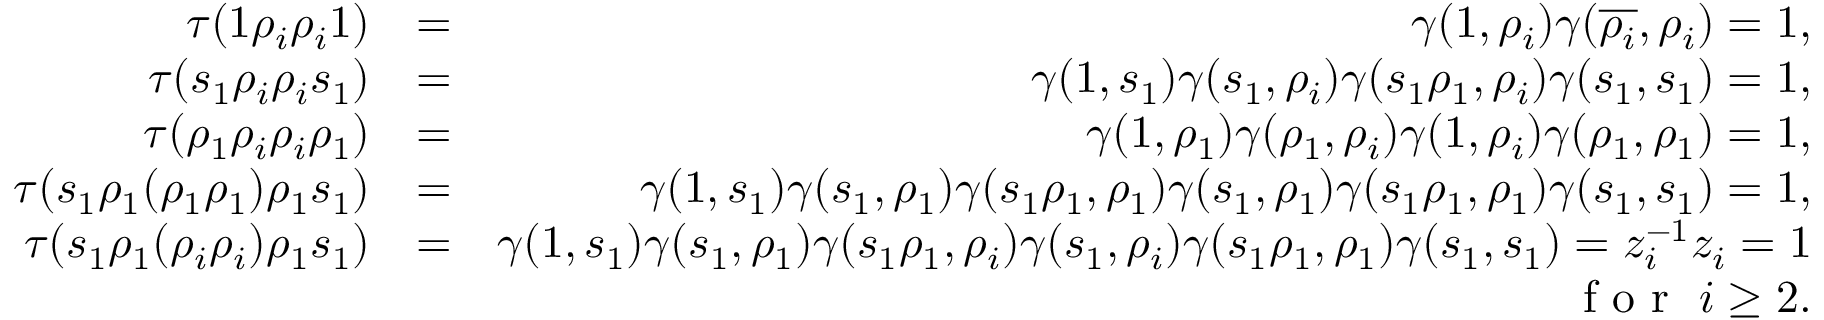
\begin{array} { r l r } { \tau ( 1 \rho _ { i } \rho _ { i } 1 ) } & { = } & { \gamma ( 1 , \rho _ { i } ) \gamma ( \overline { { \rho _ { i } } } , \rho _ { i } ) = 1 , } \\ { \tau ( s _ { 1 } \rho _ { i } \rho _ { i } s _ { 1 } ) } & { = } & { \gamma ( 1 , s _ { 1 } ) \gamma ( s _ { 1 } , \rho _ { i } ) \gamma ( s _ { 1 } \rho _ { 1 } , \rho _ { i } ) \gamma ( s _ { 1 } , s _ { 1 } ) = 1 , } \\ { \tau ( \rho _ { 1 } \rho _ { i } \rho _ { i } \rho _ { 1 } ) } & { = } & { \gamma ( 1 , \rho _ { 1 } ) \gamma ( \rho _ { 1 } , \rho _ { i } ) \gamma ( 1 , \rho _ { i } ) \gamma ( \rho _ { 1 } , \rho _ { 1 } ) = 1 , } \\ { \tau ( s _ { 1 } \rho _ { 1 } ( \rho _ { 1 } \rho _ { 1 } ) \rho _ { 1 } s _ { 1 } ) } & { = } & { \gamma ( 1 , s _ { 1 } ) \gamma ( s _ { 1 } , \rho _ { 1 } ) \gamma ( s _ { 1 } \rho _ { 1 } , \rho _ { 1 } ) \gamma ( s _ { 1 } , \rho _ { 1 } ) \gamma ( s _ { 1 } \rho _ { 1 } , \rho _ { 1 } ) \gamma ( s _ { 1 } , s _ { 1 } ) = 1 , } \\ { \tau ( s _ { 1 } \rho _ { 1 } ( \rho _ { i } \rho _ { i } ) \rho _ { 1 } s _ { 1 } ) } & { = } & { \gamma ( 1 , s _ { 1 } ) \gamma ( s _ { 1 } , \rho _ { 1 } ) \gamma ( s _ { 1 } \rho _ { 1 } , \rho _ { i } ) \gamma ( s _ { 1 } , \rho _ { i } ) \gamma ( s _ { 1 } \rho _ { 1 } , \rho _ { 1 } ) \gamma ( s _ { 1 } , s _ { 1 } ) = z _ { i } ^ { - 1 } z _ { i } = 1 } \\ & { } & { \textrm { f o r } ~ i \geq 2 . } \end{array}